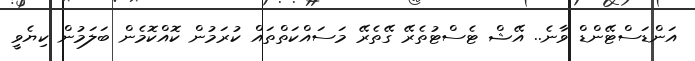
އަންޑަސްޓޭންޑް ވާނެ.. އޭޝް ޓެސްޓުތެރޭ ގޭތެރޭ މަސައްކަތްތައް ކުރަމުން ކޮއްކޮމެން ބަލަމުން ކިޔެވީ